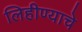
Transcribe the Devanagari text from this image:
लिहीण्याचे